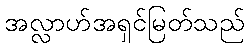
အလ္လာဟ်အရှင်မြတ်သည်